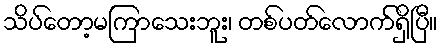
သိပ်တော့မကြာသေးဘူး၊ တစ်ပတ်လောက်ရှိပြီ။